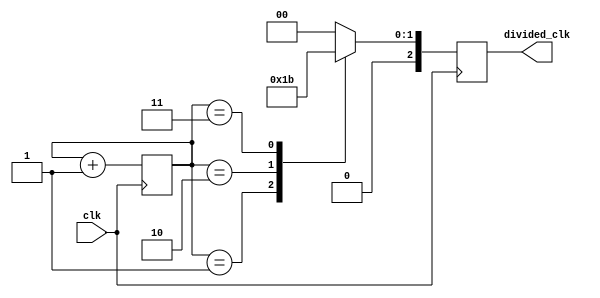
module timing_control_sync_block (
    input wire clk,
    output reg [2:0] divided_clk
);

reg [2:0] count;

always @(posedge clk) begin
    count <= count + 1;
    case (count)
        2'd0: divided_clk <= 3'b000;
        2'd1: divided_clk <= 3'b001;
        2'd2: divided_clk <= 3'b010;
        2'd3: divided_clk <= 3'b011;
        2'd4: divided_clk <= 3'b100;
        2'd5: divided_clk <= 3'b101;
        2'd6: divided_clk <= 3'b110;
        2'd7: divided_clk <= 3'b111;
        default: divided_clk <= 3'b000; // reset
    endcase
end

endmodule